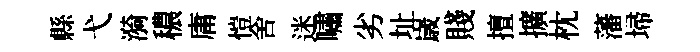
縣弋漪穠庸愷舍迷嘯劣址𡻕賤擅擴枕藩埽